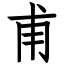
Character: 甫